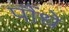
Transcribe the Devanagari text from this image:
पौंधे